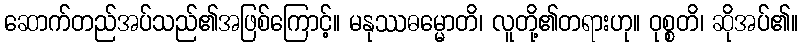
ဆောက်တည်အပ်သည်၏အဖြစ်ကြောင့်။ မနုဿဓမ္မောတိ၊ လူတို့၏တရားဟု။ ဝုစ္စတိ၊ ဆိုအပ်၏။